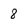
Character: 8